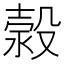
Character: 𣹬